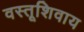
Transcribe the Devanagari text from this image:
वस्तूशिवाय